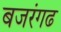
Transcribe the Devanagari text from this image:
बजरंगढ